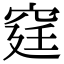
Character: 𥥶